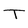
Character: T